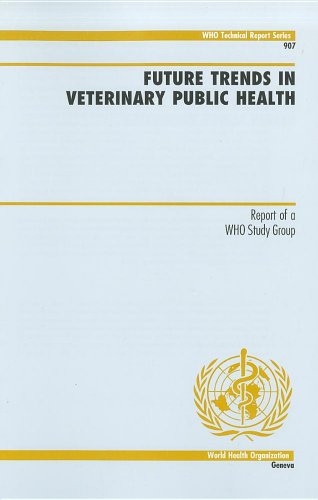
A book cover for Future Trends in Veterinary Public Health: Report of a WHO Study Group (WHO Technical Report Series); World Health Organization; Medical Books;